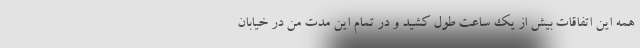
همه این اتفاقات بیش از یک ساعت طول کشید و در تمام این مدت من در خیابان